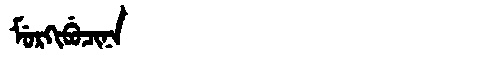
Manchu: ᠮᡠᡵᡴᡳᠪᡠᠴᡳᠨᠠ
Romanization: MURKIBUCINA